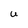
Character: U